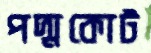
পদ্মকোট